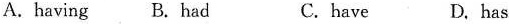
A.having B.had C.have D. has